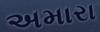
અમારા